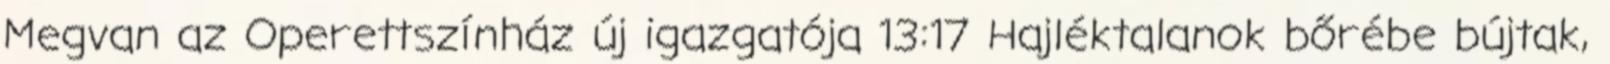
Megvan az Operettszínház új igazgatója 13:17 Hajléktalanok bőrébe bújtak,